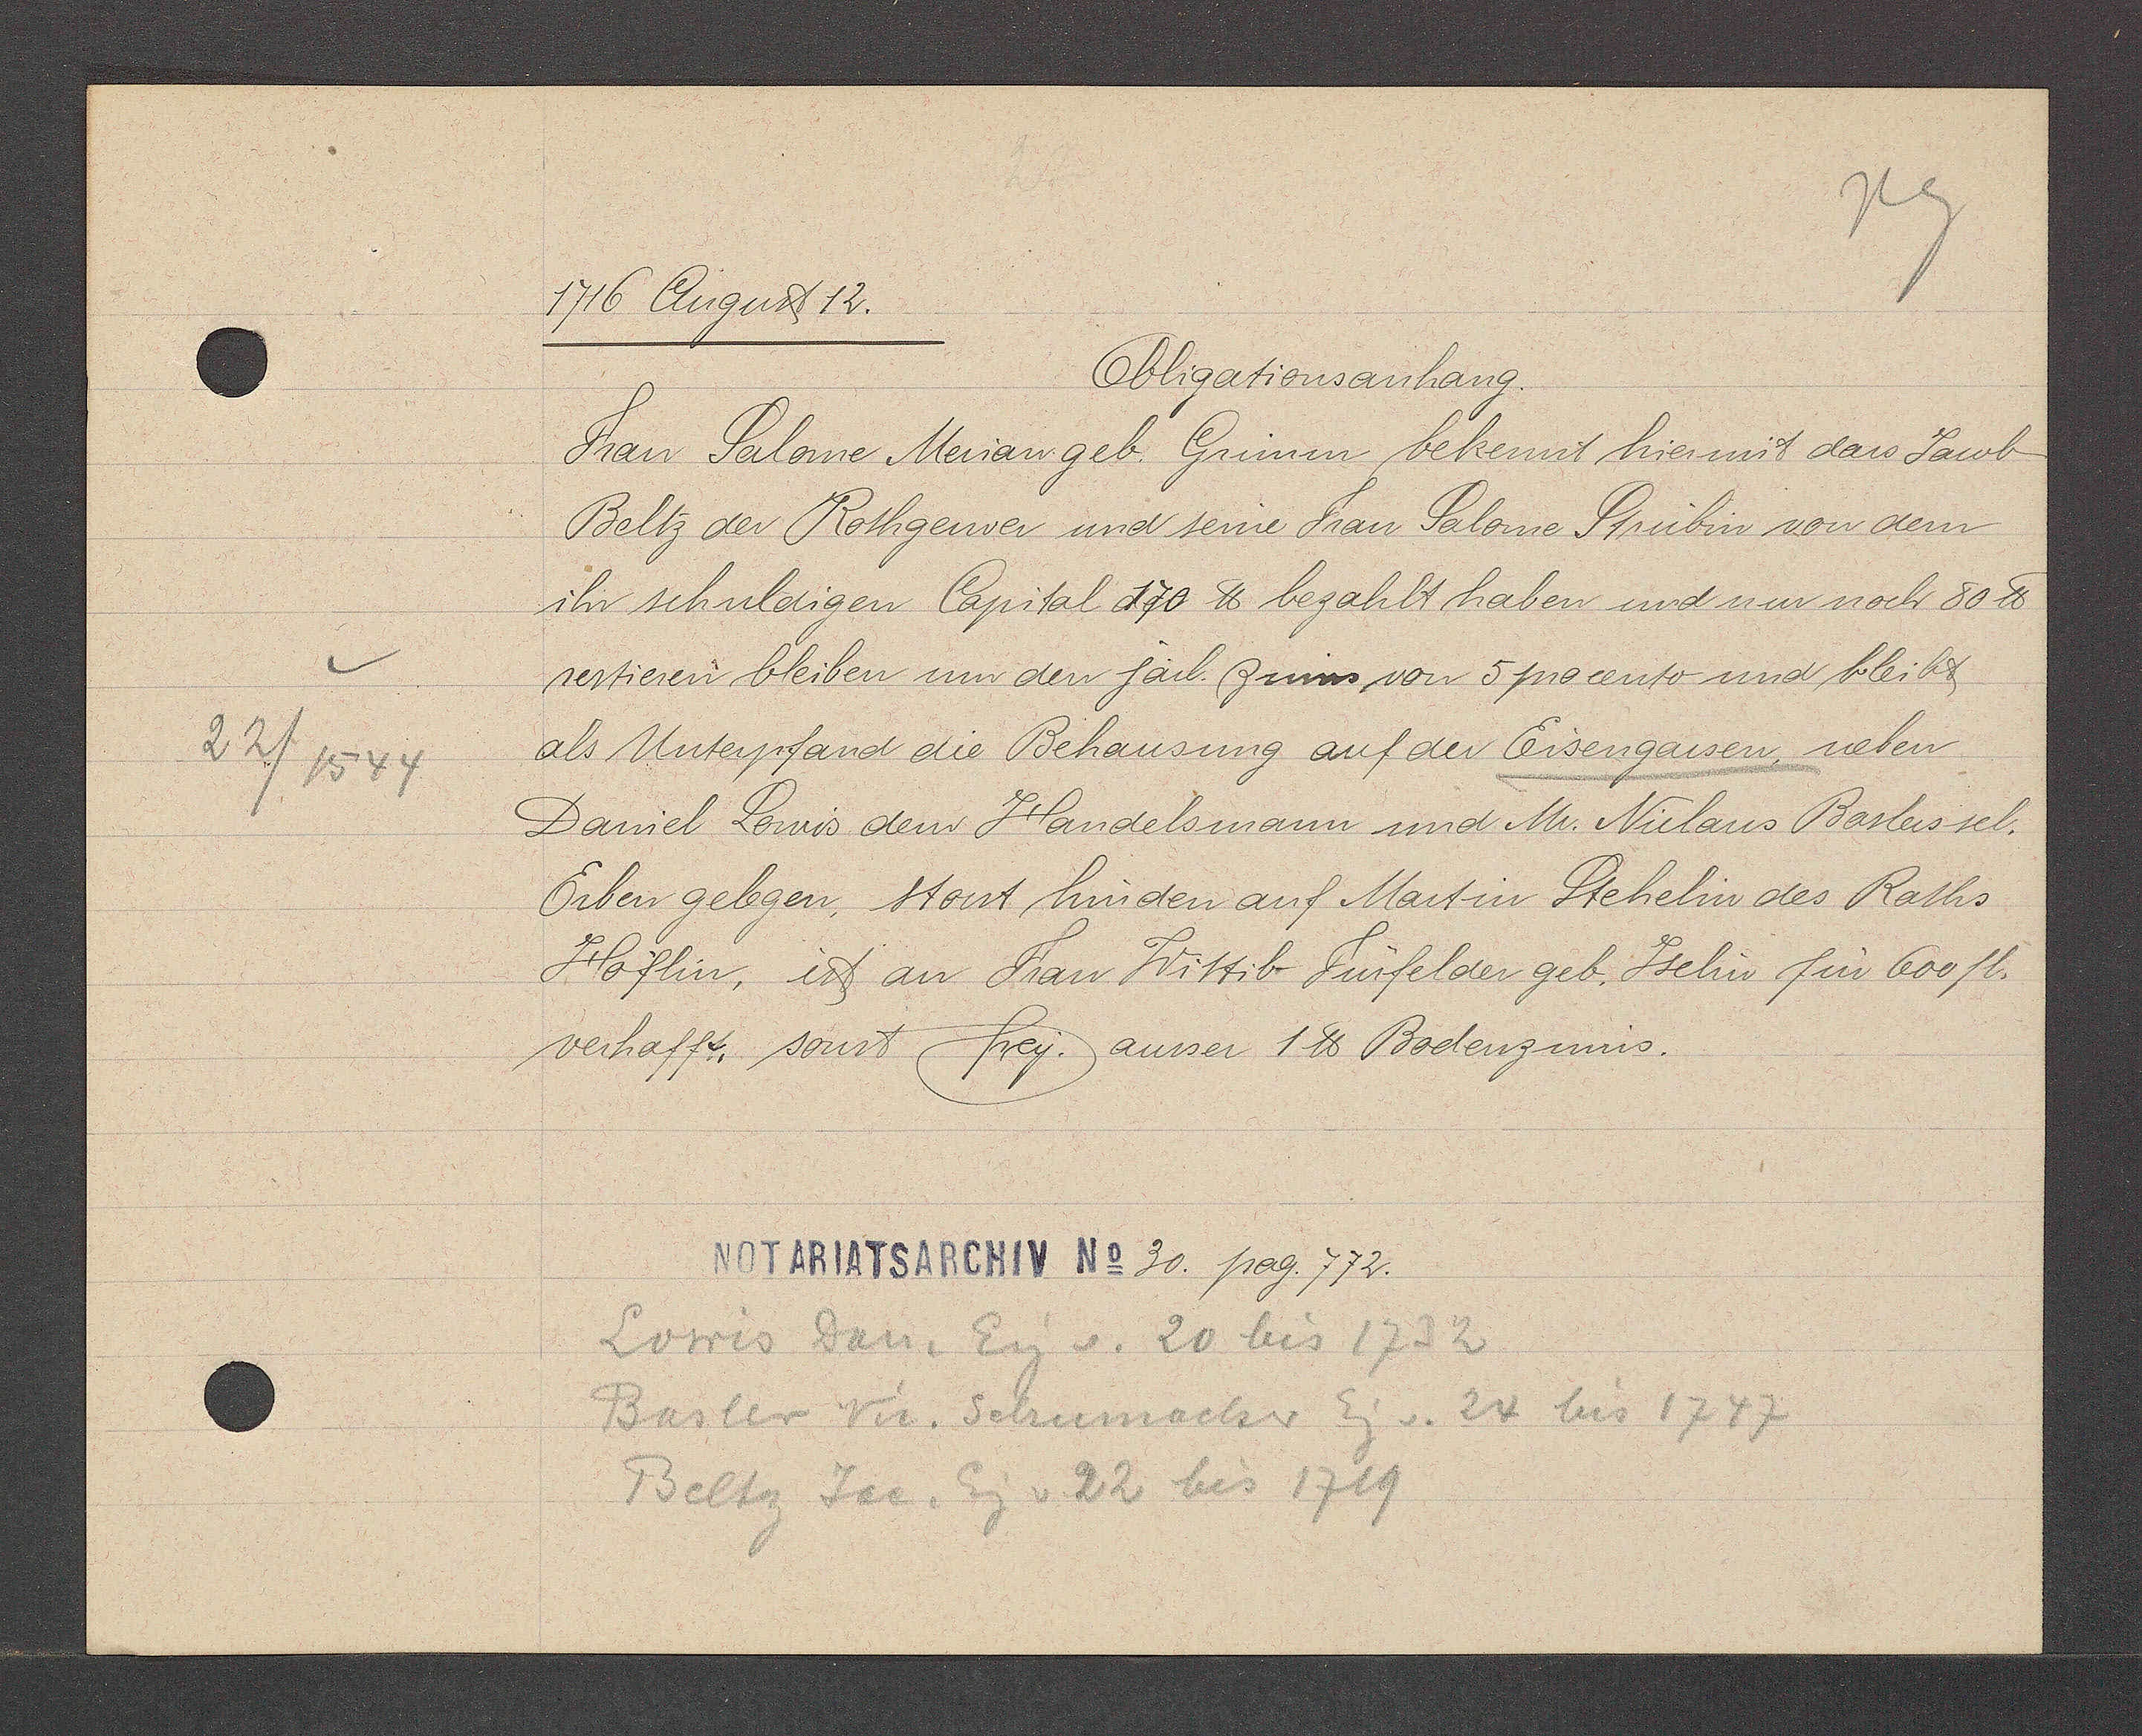
Transcript:
22/1544

1716 August 12.
Obligationsanhang.
Frau Salome Merian geb. Grimm bekennt hier mit dass Jacob
Beltz der Rothgerwer und seine Frau Salome Strubin von dem
ihr schuldigen Capital 170 ℔ bezahlt haben und nun noch 80 ℔
sestieren bleiben um den järl. Zinns von 5 procento und bleibt
als Unterpfand die Behausung auf der Eisengassen, neben
Daniel Lowis dem Handelsmann und Mr. Niclaus Baslers sel.
Erben gelegen, Stosst hinden auf Martin Stehelin des Raths
Höflin, ist an Frau Wittib Fürfelder geb. Jselin für 600 fl.
verhafft. sonst Frey. ausser 1 ℔ Bodenzinns.
30. pag. 772.
Lowis Dan. Eig. v. 20 bis 1732
Basler vic. Schumacher Eig. v. 24 bis 1747
Beltz Jac. Eg. v 22 bis 1719